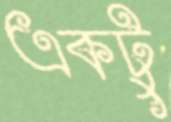
একটু